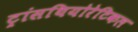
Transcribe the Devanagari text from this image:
ट्रांसथियोरेटिकल